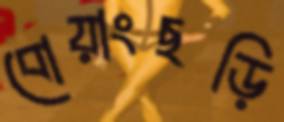
বোয়াংছড়ি